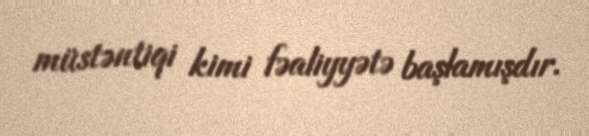
müstəntiqi kimi fəaliyyətə başlamışdır.